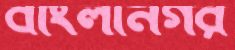
বাংলানগর